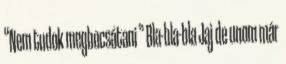
“Nem tudok megbocsátani ” Bla-bla-bla Jaj de unom már